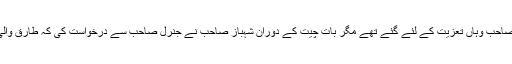
گوکہ جنرل صاحب وہاں تعزیت کے لئے گئے تھے مگر بات چیت کے دوران شہباز صاحب نے جنرل صاحب سے درخواست کی کہ طارق والی بات کرلیں۔